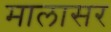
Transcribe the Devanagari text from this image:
मालासर